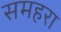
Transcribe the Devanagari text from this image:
समहरा